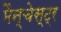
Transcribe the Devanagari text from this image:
मैन्चेस्ट्र